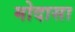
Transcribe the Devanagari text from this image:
मोदासा